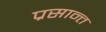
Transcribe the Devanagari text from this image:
प्रसान्त